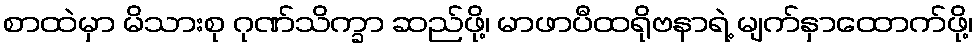
စာထဲမှာ မိသားစု ဂုဏ်သိက္ခာ ဆည်ဖို့၊ မာဖာပီထရိုဗနာရဲ့ မျက်နှာထောက်ဖို့၊